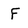
Character: F